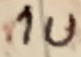
Text: 1u